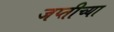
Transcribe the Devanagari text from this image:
जप्तीच्या